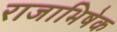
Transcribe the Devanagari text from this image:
राजाभिषेक